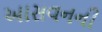
આસવનની